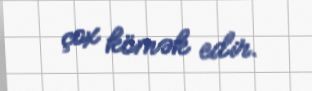
çox kömək edir.